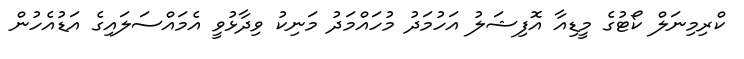
ކްރިމިނަލް ކޯޓުގެ މީޑިއާ އޮފިޝަލު އަހުމަދު މުހައްމަދު މަނިކު ވިދާޅުވީ އެމައްސަލައިގެ އަޑުއެހުން